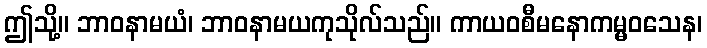
ဤသို့။ ဘာဝနာမယံ၊ ဘာဝနာမယကုသိုလ်သည်။ ကာယဝစီမနောကမ္မဝသေန၊